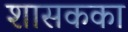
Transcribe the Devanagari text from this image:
शासकका